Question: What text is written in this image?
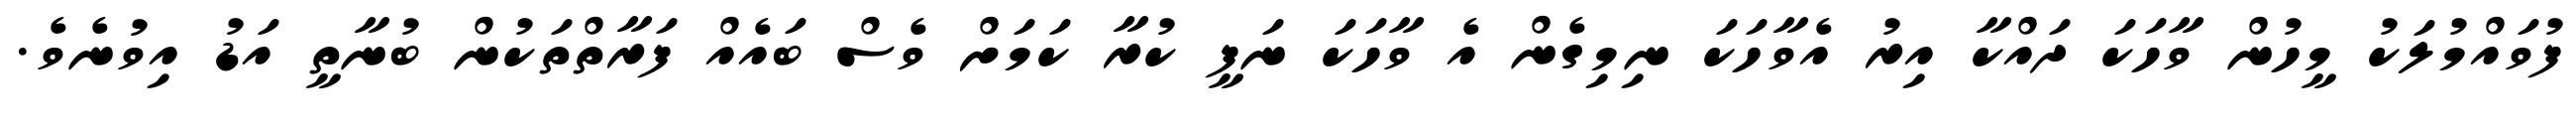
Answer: ފުވައްމުލަކު މީހުން ވާހަކަ ދައްކާ އިރު އެވާހަކަ ނިމިގެން އެ ވާހަކަ ނަފީ ކުރާ ކަމަށް ވެސް ބައެއް ފަރާތްތަކުން ބުނާތީ އަޑު އިވުނެވެ.